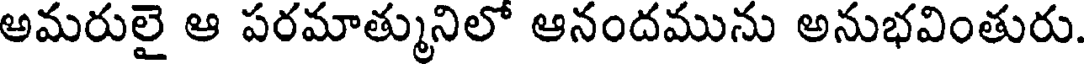
అమరులై ఆ పరమాత్మునిలో ఆనందమును అనుభవింతురు.